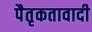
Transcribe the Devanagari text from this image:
पैतृकतावादी